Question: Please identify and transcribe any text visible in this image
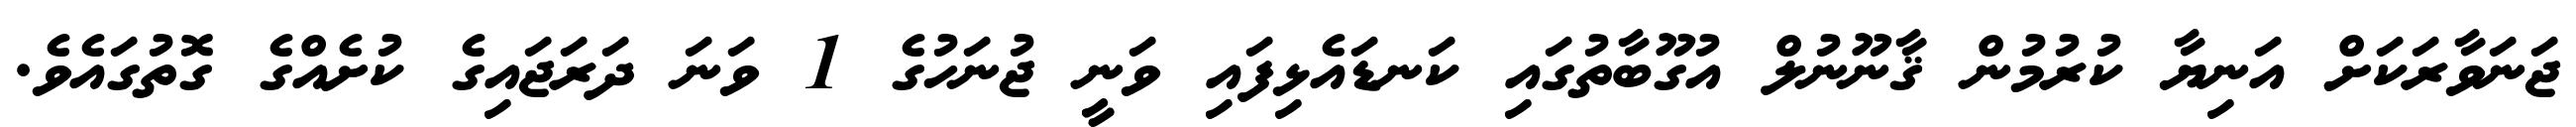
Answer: ޖަނަވާރަކަށް އަނިޔާ ކުރުމުން ޤާނޫނުލް އުގޫބާތުގައި ކަނޑައެޅިފައި ވަނީ ޖުނަހުގެ 1 ވަނަ ދަރަޖައިގެ ކުށެއްގެ ގޮތުގައެވެ.